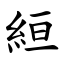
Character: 絙